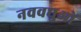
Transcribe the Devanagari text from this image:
नववधुओं